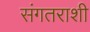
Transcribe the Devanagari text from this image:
संगतराशी